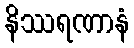
နိဿရဏာနံ